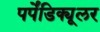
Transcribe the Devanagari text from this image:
पर्पेंडिक्यूलर